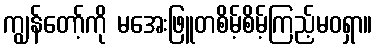
ကျွန်တော့်ကို မအေးဖြူတစိမ့်စိမ့်ကြည့်မဝရှာ။